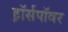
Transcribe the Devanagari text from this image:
ह़ॉर्सपॉवर